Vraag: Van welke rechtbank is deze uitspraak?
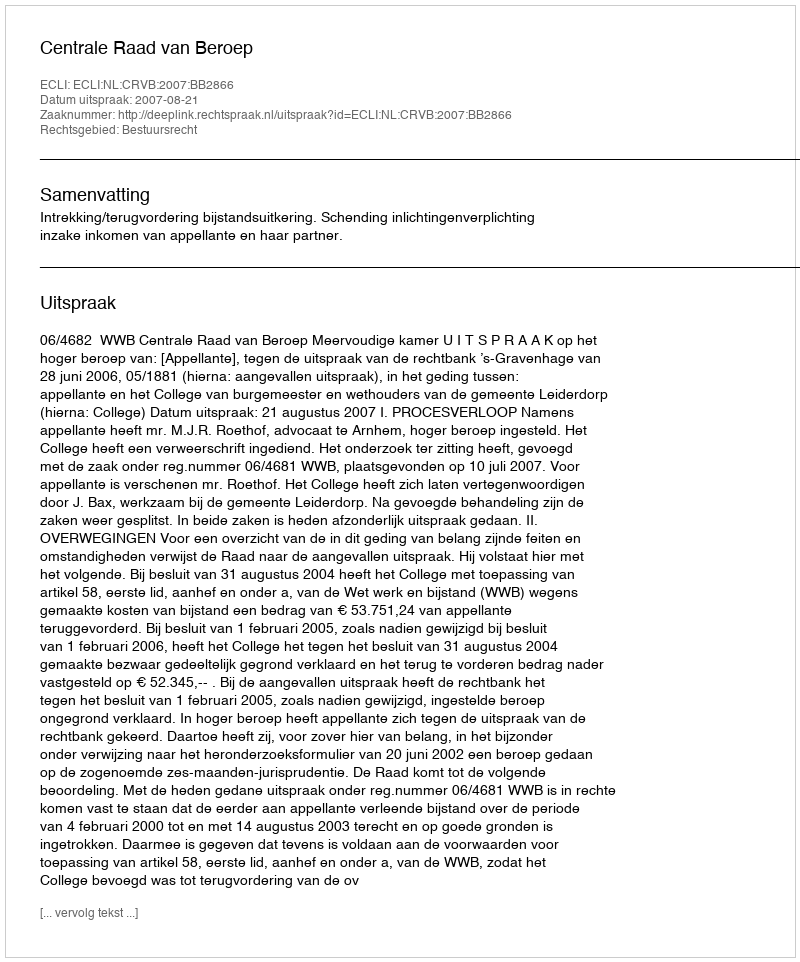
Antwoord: Centrale Raad van Beroep